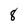
Character: 8